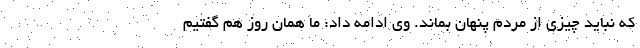
که نباید چیزی از مردم پنهان بماند. وی ادامه داد: ما همان روز هم گفتیم